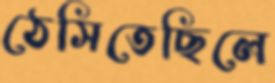
ঠেসিতেছিলে